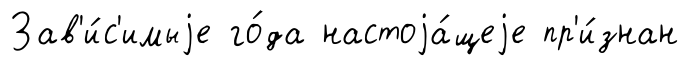
Зав'и́с'имыjе го́да настоjа́щеjе пр'и́знан